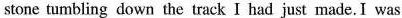
stone tumbling down the track I had just made. I was